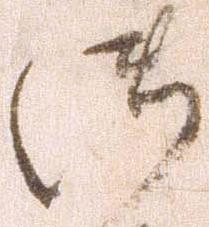
御